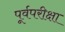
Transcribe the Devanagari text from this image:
पूर्वपरीक्षा